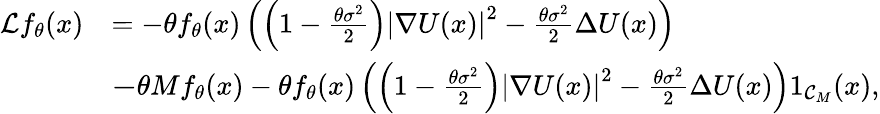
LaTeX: \begin{array}{rl}{\mathcal{L}f_{\theta}(x)}&{=-\theta f_{\theta}(x)\left(\left(1-\frac{\theta\sigma^{2}}{2}\right)\left|\nabla U(x)\right|^{2}-\frac{\theta\sigma^{2}}{2}\Delta U(x)\right)}\\ &{\le-\theta Mf_{\theta}(x)-\theta f_{\theta}(x)\left(\left(1-\frac{\theta\sigma^{2}}{2}\right)\left|\nabla U(x)\right|^{2}-\frac{\theta\sigma^{2}}{2}\Delta U(x)\right)1_{{\cal C}_{M}}(x),}\end{array}